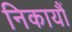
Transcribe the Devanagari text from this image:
निकायौं